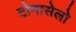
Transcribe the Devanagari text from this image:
टोमासेलो